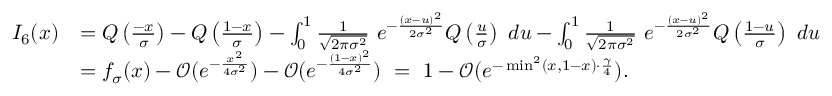
\begin{array} { r l } { I _ { 6 } ( x ) } & { = Q \left( \frac { - x } { \sigma } \right) - Q \left( \frac { 1 - x } { \sigma } \right) - \int _ { 0 } ^ { 1 } \frac { 1 } { \sqrt { 2 \pi \sigma ^ { 2 } } } ~ e ^ { - \frac { ( x - u ) ^ { 2 } } { 2 \sigma ^ { 2 } } } Q \left( \frac { u } { \sigma } \right) ~ d u - \int _ { 0 } ^ { 1 } \frac { 1 } { \sqrt { 2 \pi \sigma ^ { 2 } } } ~ e ^ { - \frac { ( x - u ) ^ { 2 } } { 2 \sigma ^ { 2 } } } Q \left( \frac { 1 - u } { \sigma } \right) ~ d u } \\ & { = f _ { \sigma } ( x ) - \mathcal { O } ( e ^ { - \frac { x ^ { 2 } } { 4 \sigma ^ { 2 } } } ) - \mathcal { O } ( e ^ { - \frac { ( 1 - x ) ^ { 2 } } { 4 \sigma ^ { 2 } } } ) ~ = ~ 1 - \mathcal { O } ( e ^ { - \operatorname* { m i n } ^ { 2 } ( x , 1 - x ) \cdot \frac { \gamma } { 4 } } ) . } \end{array}